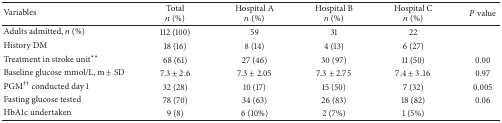
<table><thead><tr><td><b>Variables</b></td><td><b>Total<i>n</i> (%)</b></td><td><b>Hospital A<i>n</i> (%)</b></td><td><b>Hospital B<i>n</i> (%)</b></td><td><b>Hospital C<i>n</i> (%)</b></td><td><b><i>P</i> value</b></td></tr></thead><tbody><tr><td>Adults admitted, <i>n</i> (%) </td><td>112 (100)</td><td>59</td><td>31</td><td>22</td><td> </td></tr><tr><td>History DM </td><td>18 (16)</td><td>8 (14)</td><td>4 (13)</td><td>6 (27)</td><td> </td></tr><tr><td>Treatment in stroke unit**</td><td>68 (61)</td><td>27 (46)</td><td>30 (97)</td><td>11 (50)</td><td>0.00 </td></tr><tr><td>Baseline glucose mmol/L, m ± SD </td><td>7.3 ± 2.6</td><td>7.3 ± 2.05</td><td>7.3 ± 2.75</td><td>7.4 ± 3.16</td><td>0.97</td></tr><tr><td>PGM<sup>††</sup> conducted day 1</td><td>32 (28)</td><td>10 (17)</td><td>15 (50)</td><td>7 (32)</td><td>0.005 </td></tr><tr><td>Fasting glucose tested</td><td>78 (70)</td><td>34 (63)</td><td>26 (83)</td><td>18 (82)</td><td>0.06 </td></tr><tr><td>HbA1c undertaken</td><td>9 (8)</td><td>6 (10%)</td><td>2 (7%)</td><td>1 (5%)</td><td> </td></tr></tbody></table>